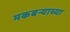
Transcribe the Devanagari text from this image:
मकबऱ्याच्या